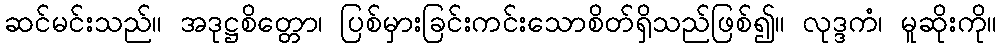
ဆင်မင်းသည်။ အဒုဋ္ဌစိတ္တော၊ ပြစ်မှားခြင်းကင်းသောစိတ်ရှိသည်ဖြစ်၍။ လုဒ္ဒကံ၊ မူဆိုးကို။